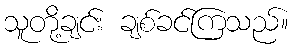
သူတို့ချင်း ချစ်ခင်ကြသည်။